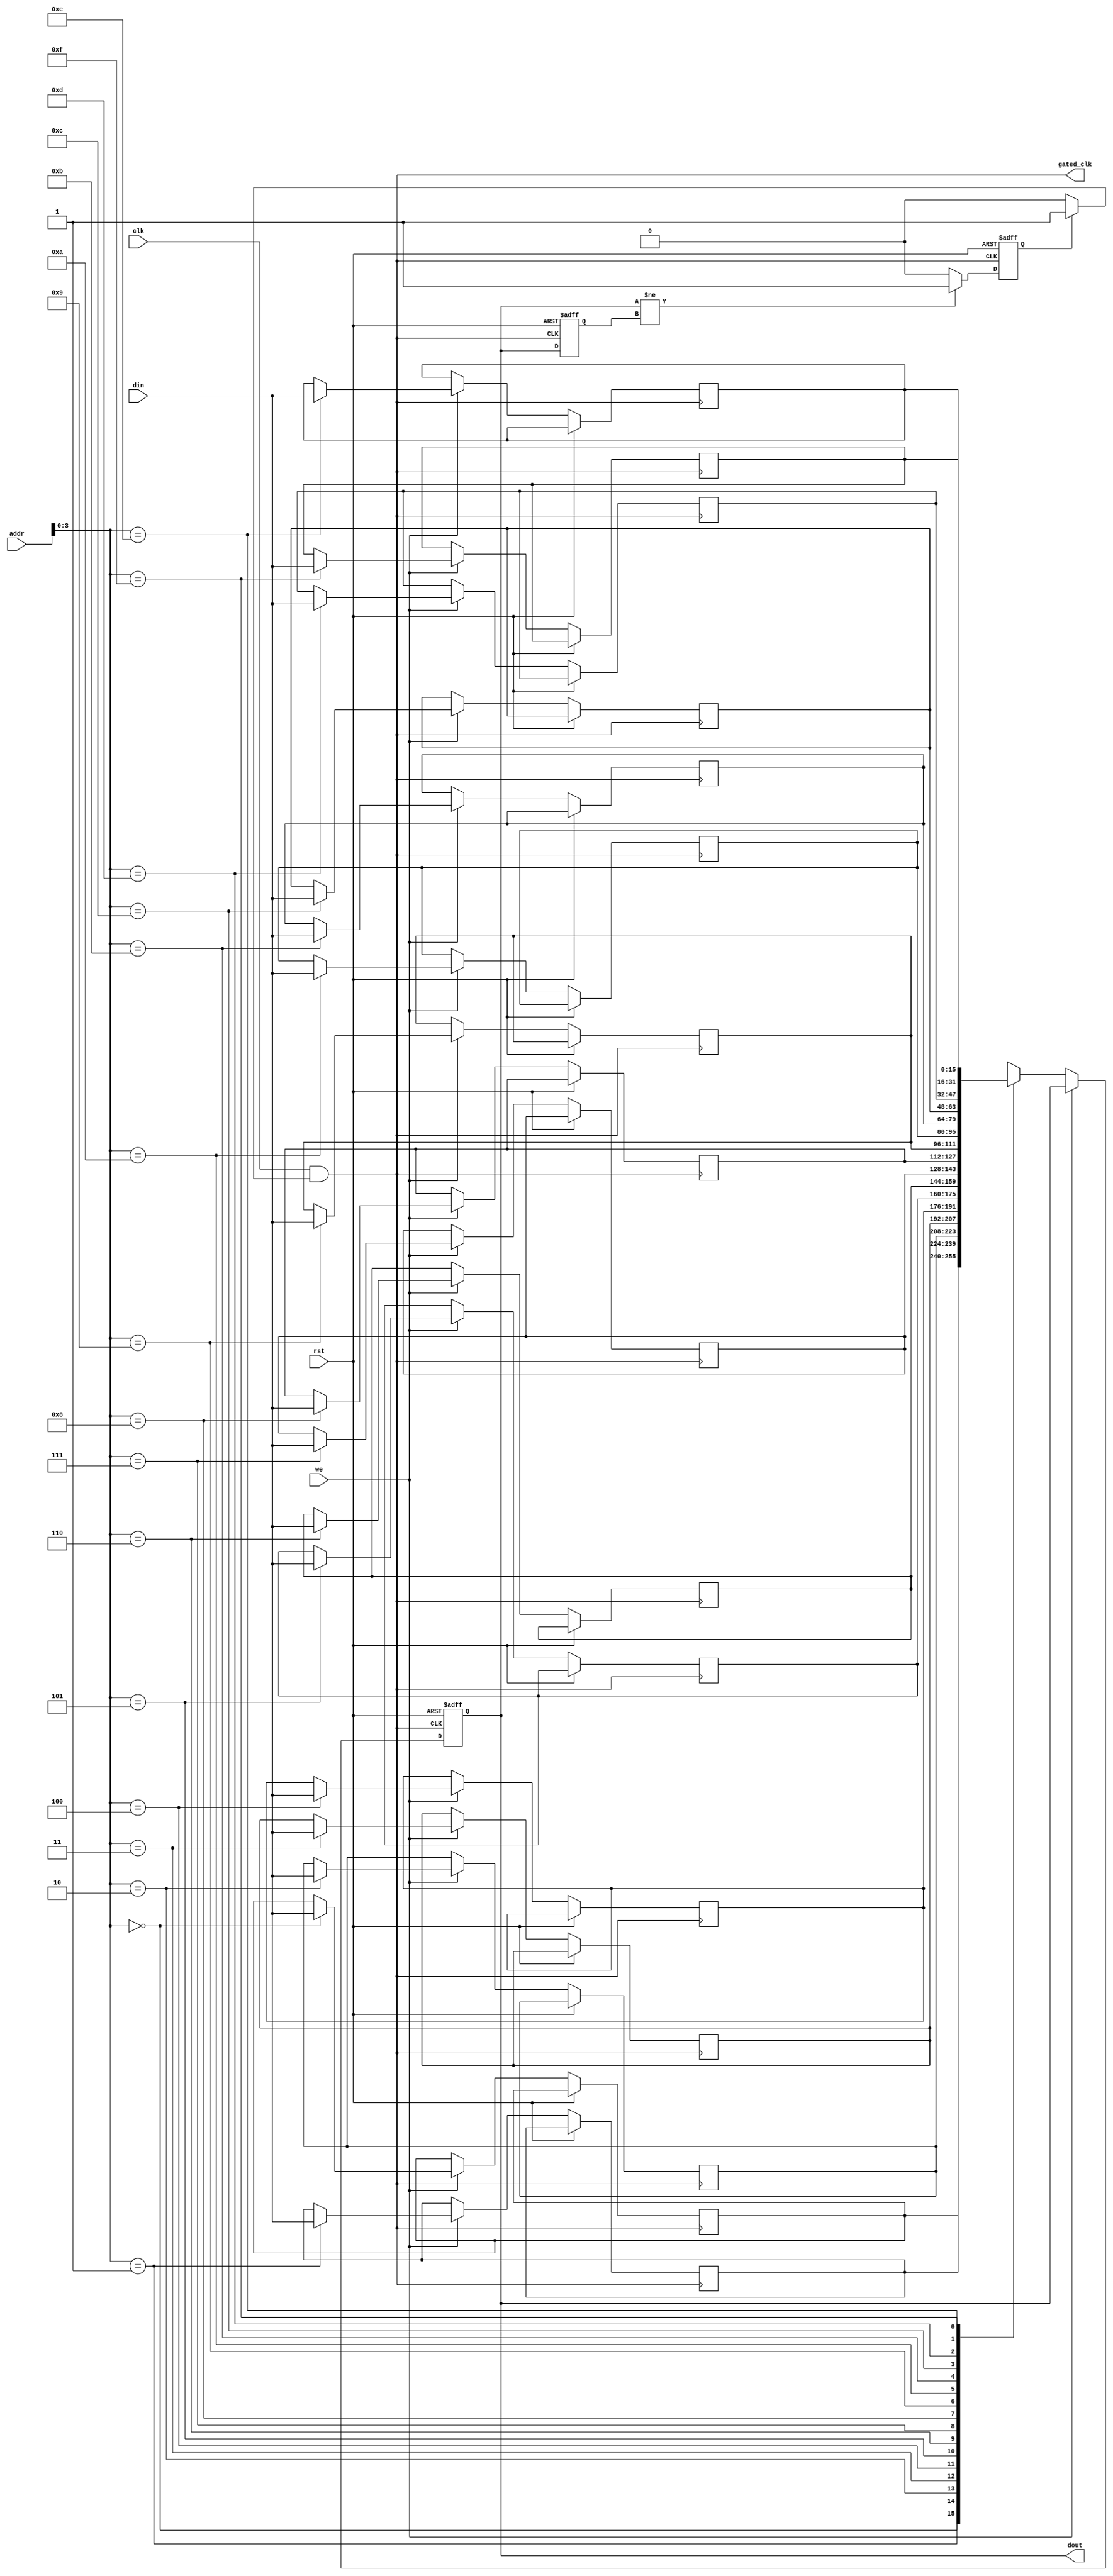
module memory_block (
    input wire clk,                  // Original clock signal
    input wire rst,                  // Reset signal
    input wire [7:0] addr,           // Address input for memory access
    input wire we,                   // Write enable signal
    input wire [15:0] din,           // Data input for writing
    output reg [15:0] dout,          // Data output for reading
    output wire gated_clk            // Gated clock output
);

    // Memory array (16x16 bits)
    reg [15:0] mem [0:15];

    // Activity detector signal
    reg activity_detected;
    reg [15:0] last_output;

    // Clock gating control logic
    wire clk_enable;

    // Gated clock generation
    assign gated_clk = clk & clk_enable;

    // Activity detector logic
    always @(posedge gated_clk or posedge rst) begin
        if (rst) begin
            last_output <= 16'b0;
            activity_detected <= 1'b0;
        end else begin
            // Check if output is changing
            if (dout != last_output) begin
                activity_detected <= 1'b1; // Output is changing
            end else begin
                activity_detected <= 1'b0; // Output is stable
            end
            last_output <= dout; // Update last output
        end
    end

    // Clock gating control logic
    always @(*) begin
        if (activity_detected) begin
            clk_enable = 1'b1; // Enable clock if activity is detected
        end else begin
            clk_enable = 1'b0; // Disable clock if no activity
        end
    end

    // Memory operation
    always @(posedge gated_clk or posedge rst) begin
        if (rst) begin
            dout <= 16'b0; // Reset output
        end else if (we) begin
            mem[addr] <= din; // Write operation
        end else begin
            dout <= mem[addr]; // Read operation
        end
    end

endmodule